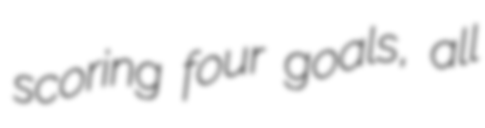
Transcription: scoring four goals, all